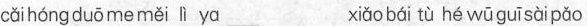
cǎi hóng duō me měi lì ya xiǎo bái tù hé wū guī sài pǎo